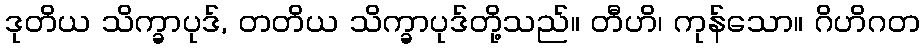
ဒုတိယ သိက္ခာပုဒ်, တတိယ သိက္ခာပုဒ်တို့သည်။ တီဟိ၊ ကုန်သော။ ဂိဟိဂတ